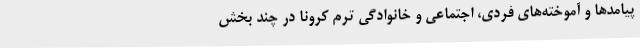
پیامدها و آموخته‌های فردی، اجتماعی و خانوادگی ترم کرونا در چند بخش